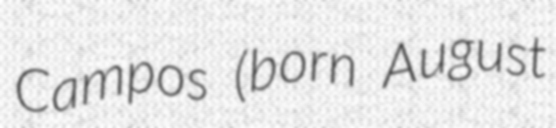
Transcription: Campos (born August